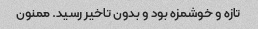
تازه و خوشمزه بود و بدون تاخیر رسید. ممنون